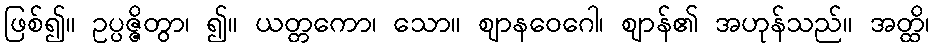
ဖြစ်၍။ ဥပ္ပဇ္ဇိတွာ၊ ၍။ ယတ္တကော၊ သော။ ဈာနဝေဂေါ၊ ဈာန်၏ အဟုန်သည်။ အတ္ထိ၊